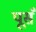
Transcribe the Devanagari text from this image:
पूसँ